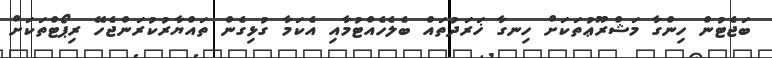
ބަޖެޓުން ހިންގާ މަޝްރޫޢުތަކަށް ހިނގާ ޚަރަދުތައް ބެލެހެއްޓުމާއި އެކަމާ ގުޅިގެން ތައްޔާރުކުރަންޖެހޭ ރިޕޯޓްތަކަށް